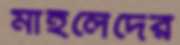
মাহলেদের